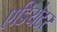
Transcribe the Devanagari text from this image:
एडियेटर